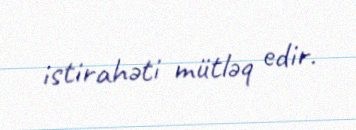
istirahəti mütləq edir.